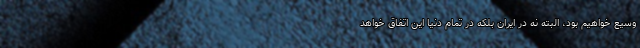
وسیع خواهیم بود، البته نه در ایران بلکه در تمام دنیا این اتفاق خواهد